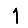
Digit: 1